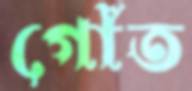
গোঁত